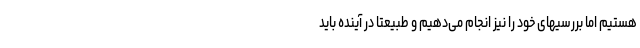
هستیم اما بررسیهای خود را نیز انجام می‌دهیم و طبیعتا در آینده باید